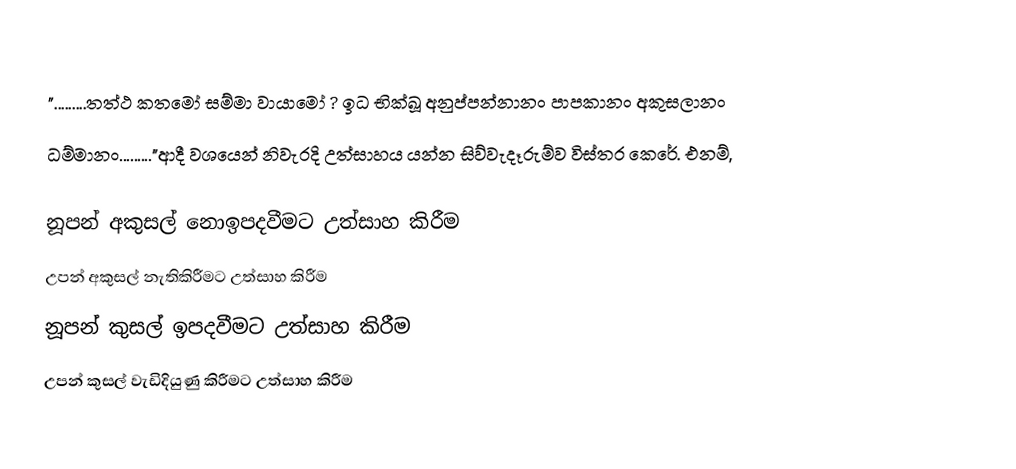
".........තත්ථ කතමෝ සම්මා වායාමෝ ? ඉධ භික්ඛූ අනුප්පන්නානං පාපකානං අකුසලානං
ධම්මානං........."ආදී වශයෙන් නිවැරදි උත්සාහය යන්න සිව්වැදෑරුම්ව විස්තර කෙරේ. එනම්,

නූපන් අකුසල් නොඉපදවීමට  උත්සාහ කිරීම
උපන් අකුසල් නැතිකිරීමට  උත්සාහ කිරීම
නූපන් කුසල් ඉපදවීමට  උත්සාහ කිරීම
උපන් කුසල් වැඩිදියුණු කිරීමට  උත්සාහ කිරීම